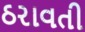
ઠરાવતી